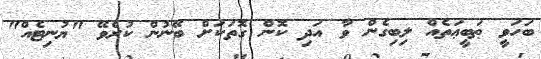
ބަހަވީ ޠަބީޢަތެއް ލިބިގެން ވާ އަދި ކޮން ގޮތަކަށް ބޭނުން ކުރެވޭ "ޔުނިޓެއް"